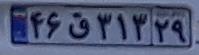
۴۶ق۳۱۳۲۹